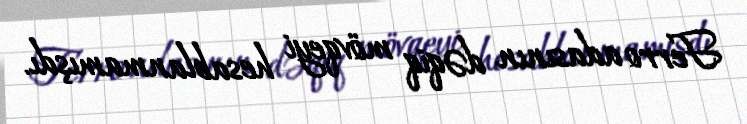
Ferro adasının dəqiq mövqeyi hesablanmamışdı.